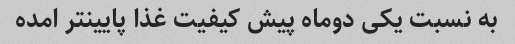
به نسبت یکی دوماه پیش کیفیت غذا پایینتر امده